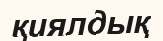
қиялдық